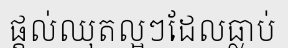
ផ្តល់ឈុតល្អៗដែលធ្លាប់